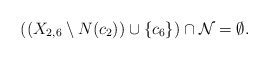
\begin{align*}\mbox{$((X_{2,6}\setminus N(c_2))\cup\{c_6\})\cap {\cal N}=\emptyset$.}\end{align*}